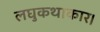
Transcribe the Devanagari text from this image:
लघुकथाकार।